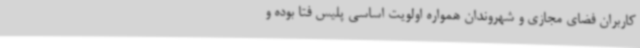
کاربران فضای مجازی و شهروندان همواره اولویت اساسی پلیس فتا بوده و